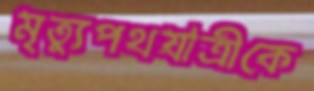
মৃত্যুপথযাত্রীকে